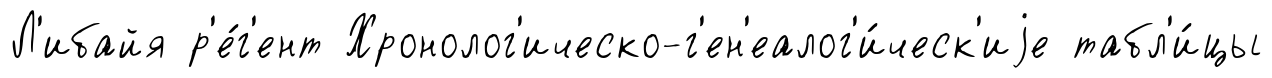
Л'ибайя р'е́г'ент Хронолог'ическо-г'ен'еалог'и́ческ'иjе табл'и́цы